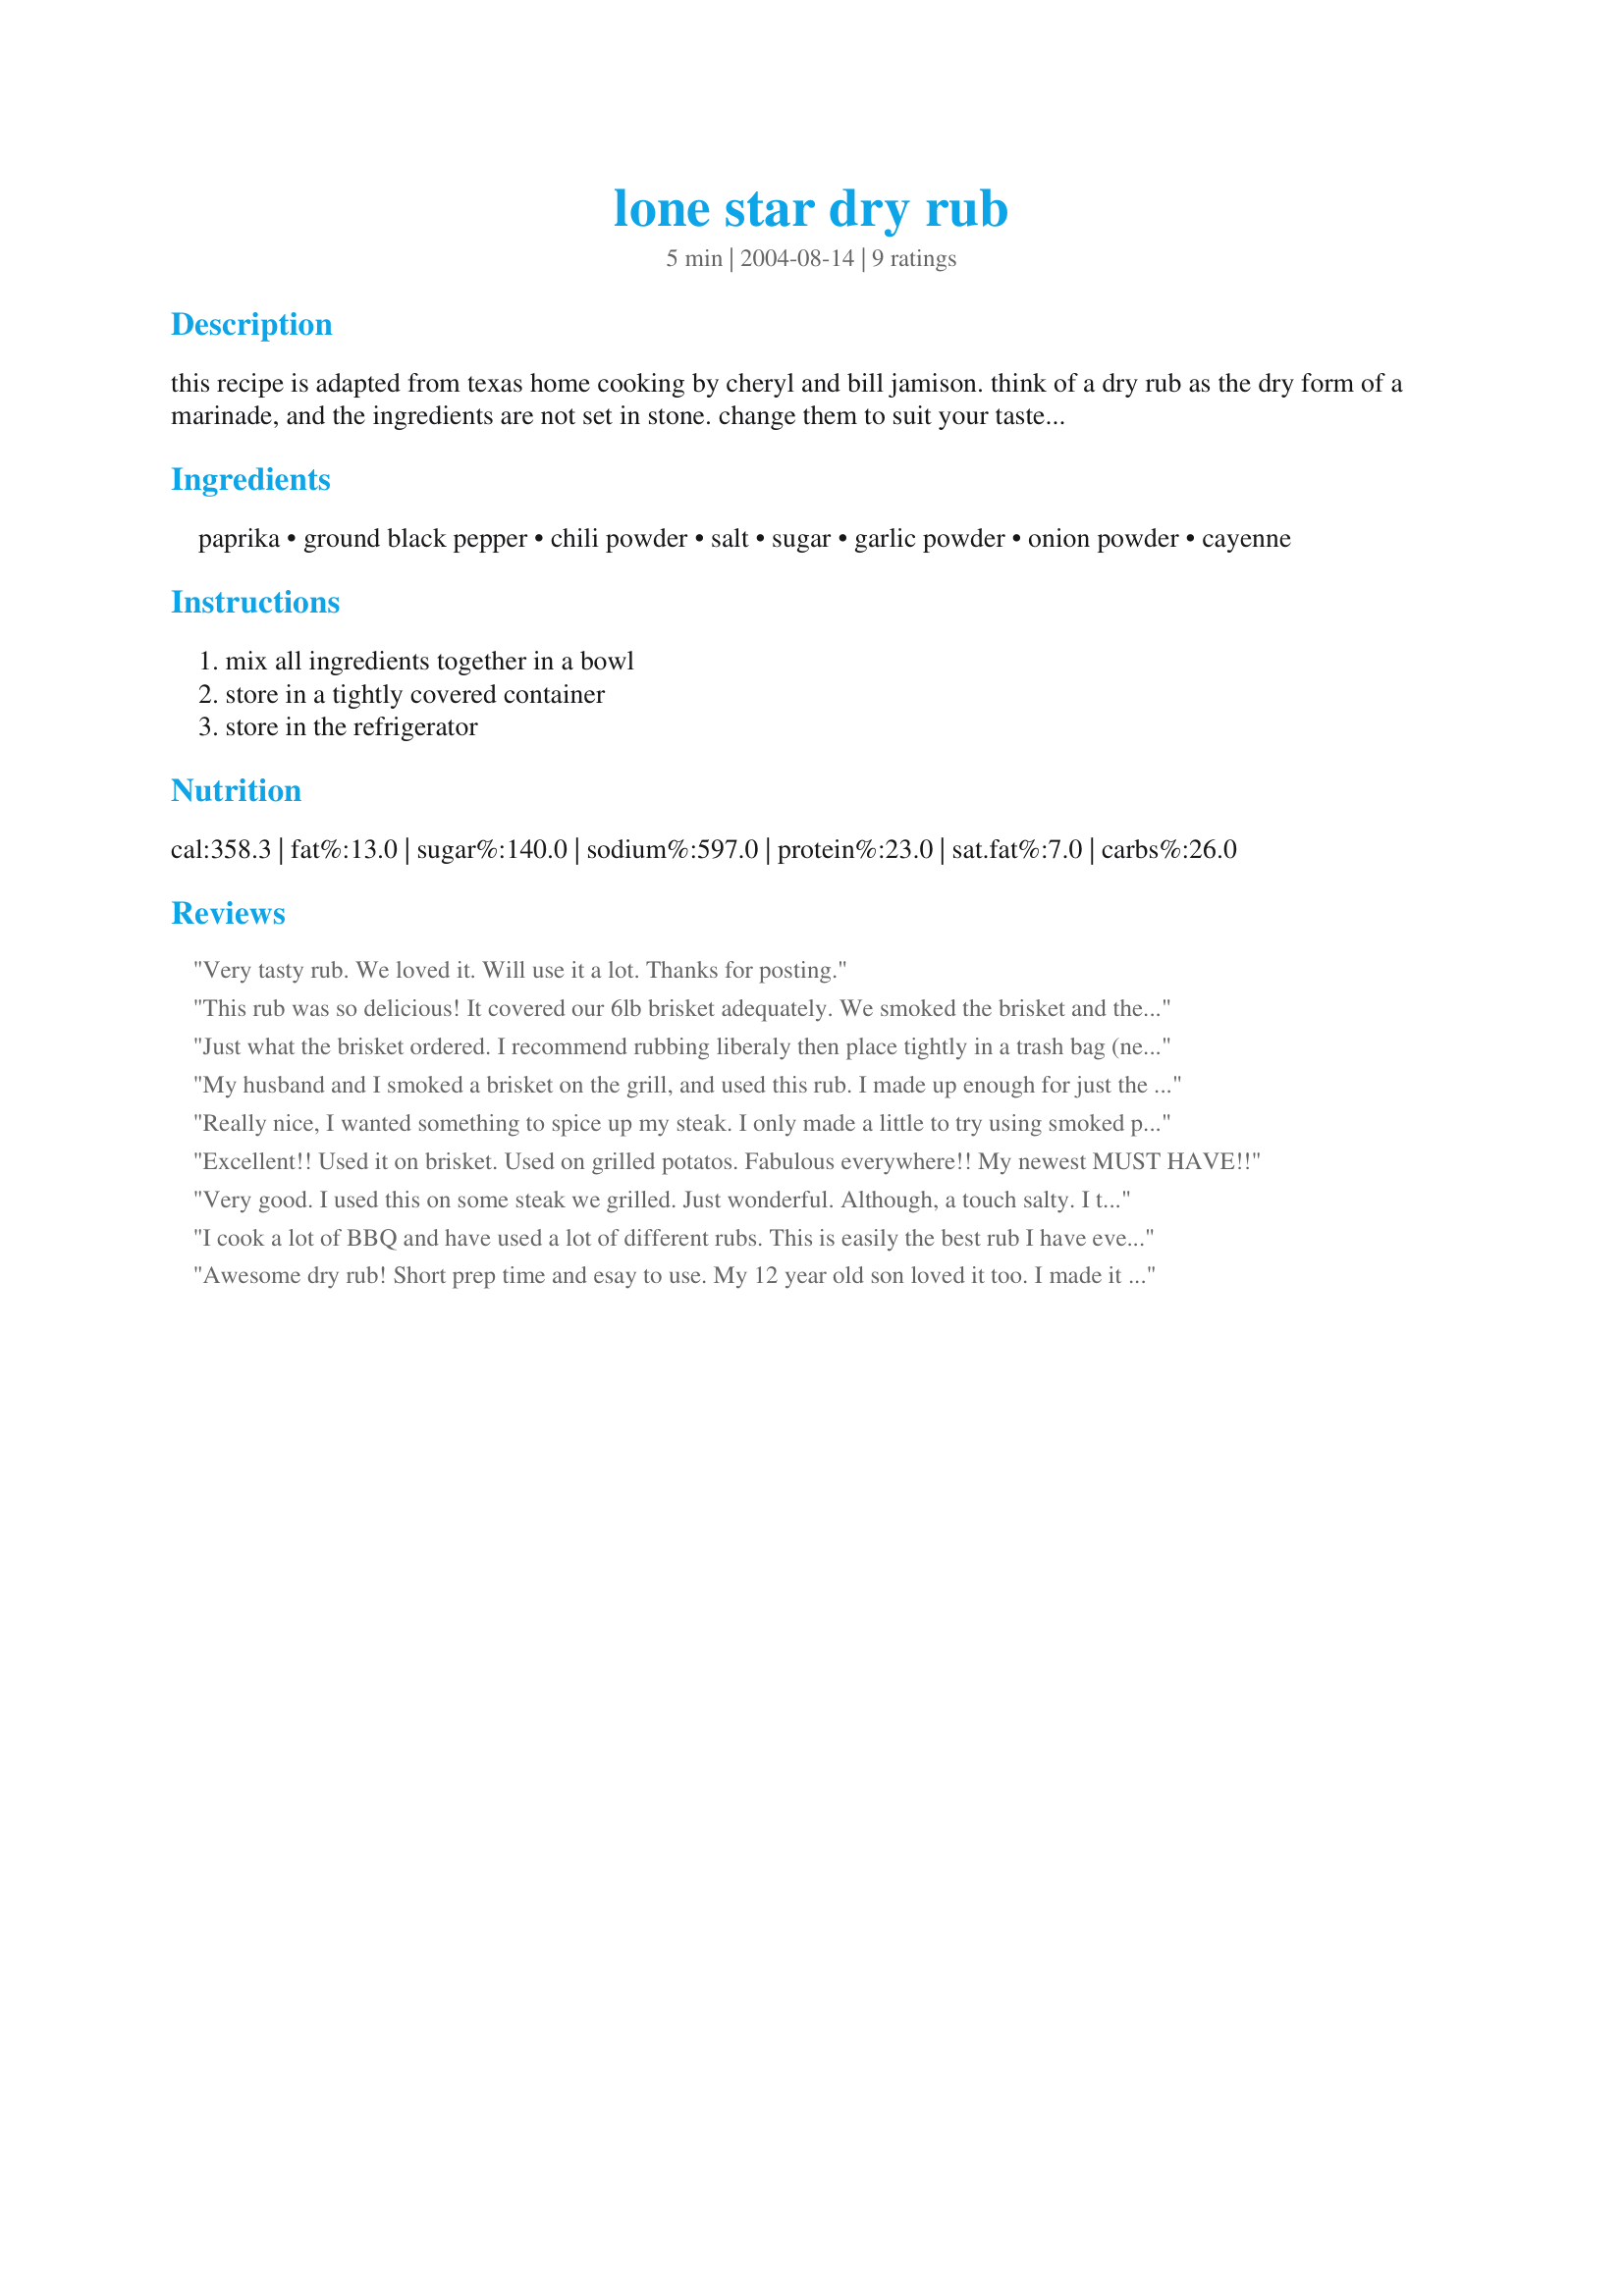
lone star dry rub
Preparation time: 5 minutes

this recipe is adapted from texas home cooking by cheryl and bill jamison. think of a dry rub as the dry form of a marinade, and the ingredients are not set in stone. change them to suit your tastes and needs. use on almost anything you are barbequing.

Ingredients:
paprika, ground black pepper, chili powder, salt, sugar, garlic powder, onion powder, cayenne

Steps:
mix all ingredients together in a bowl, store in a tightly covered container, store in the refrigerator

Reviews:
Very tasty rub. We loved it. Will use it a lot. Thanks for posting.
This rub was so delicious! It covered our 6lb brisket adequately. We smoked the brisket and the taste was delicious. I added a scant palmful of Cajun seasoning too. Thanks for this recipe Miss Annie
Just what the brisket ordered. I recommend rubbing liberaly then place tightly in a trash bag (new bags are sanitary) for 12 to 36 hours. Smoke fat side up @ 210F for 1 hour per pound.
My husband and I smoked a brisket on the grill, and used this rub. I made up enough for just the brisket, but, I am going to make a bigger batch to have on hand. Even DH commented on the rub, which is unusual. Thanks for posting!!!
Really nice, I wanted something to spice up my steak. I only made a little to try using smoked paprika. I will now make a whole batch to try on everything else! Thanks Miss Annie!
Excellent!! Used it on brisket. Used on grilled potatos. Fabulous everywhere!! My newest MUST HAVE!!
Very good. I used this on some steak we grilled. Just wonderful. Although, a touch salty. I think I will cut back on the salt next time. Thank you very much. I have made up a batch of this to keep on hand. I'm sure it will be wonderful on chicken & pork as well.
I cook a lot of BBQ and have used a lot of different rubs. This is easily the best rub I have ever used. I keep some on hand always and use it for all kinds of things. Just used some mixed with butter to cook a turkey and is was AWESOME. The only rub you will ever need.
Awesome dry rub! Short prep time and esay to use. My 12 year old son loved it too. I made it with 3 x 6oz pieces of NY Strip Steak. Very tasty! Definitely will use again.
